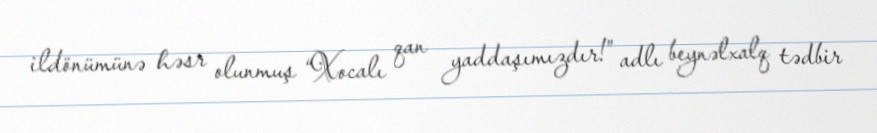
ildönümünə həsr olunmuş “Xocalı qan yaddaşımızdır!” adlı beynəlxalq tədbir